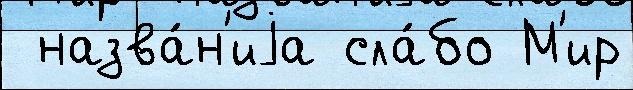
 назва́н'иjа сла́бо М'ир